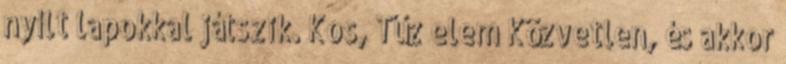
nyílt lapokkal játszik. Kos, Tűz elem Közvetlen, és akkor